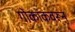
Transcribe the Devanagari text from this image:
गोकाकवरून